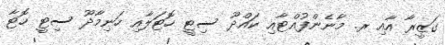
ގަޒީރާ އާއި ރ. މާނެންފުއްޓާއި ކައްދޫ ސިޓީ ހޮޓަލާއި ހަނިމާދޫ ސިޓީ ހޮޓާ